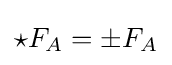
\star F_{A}=\pm F_{A}